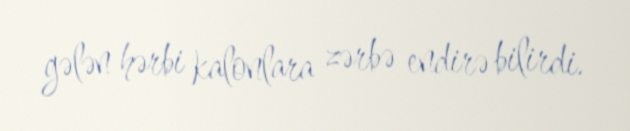
gələn hərbi kalonlara zərbə endirə bilirdi.